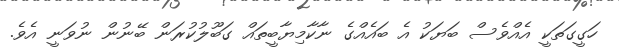
ހަގީގަތަކީ އެއްވެސް ބަޔަކު އެ ބައެއްގެ ނާކާމިޔާބީތައް ގަބޫލުކުރަން ބޭނުން ނުވަނީ އެވެ.